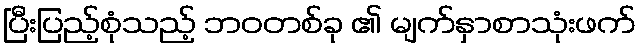
ပြီးပြည့်စုံသည့် ဘဝတစ်ခု ၏ မျက်နှာစာသုံးဖက်